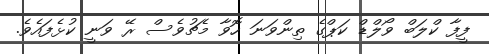
ފީފާ ކްލަބް ވޯލްޑް ކަޕްގެ ތިންވަނަ ހޮވާ މެޗުވެސް ރޭ ވަނީ ކުޅެފައެވެ.